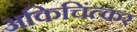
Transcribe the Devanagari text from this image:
अकिचिंत्कर